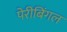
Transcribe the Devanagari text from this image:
पेरीबिंगल